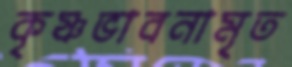
কৃষ্ণভাবনামৃত